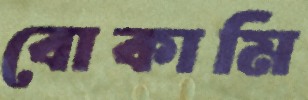
বোকামি